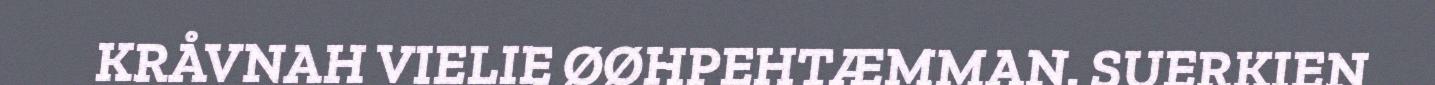
KRÅVNAH VIELIE ØØHPEHTÆMMAN. SUERKIEN